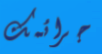
جرائمك